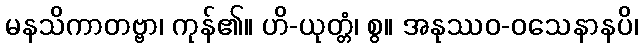
မနသိကာတဗ္ဗာ၊ ကုန်၏။ ဟိ-ယုတ္တံ၊ စွ။ အနုဿဝ-ဝသေနာနပိ၊